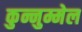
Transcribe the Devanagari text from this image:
कुन्नुम्मेल